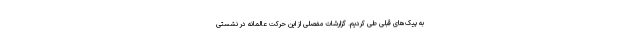
به پیک‌های قبلی طی کردیم. گزارشات مفصلی از این حرکت عالمانه در نشستی